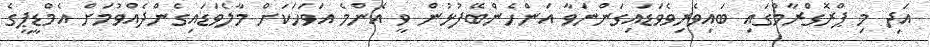
އަދި މި ޕްރޮގްރާމްގައި ބައިވެރިވެވަޑައިގަންނަވާ އަންހެންބޭފުޅުން ވީ އެންމެ އަވަހަކަށް މާލެވަޑައިގެންދެއްވުމަށް އެމްޑީޕީގެ